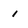
Character: 1